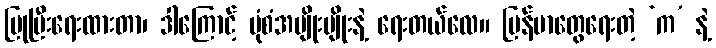
ပြုပြီးရေးထားတာ၊ ဒါကြောင့် ပုံစံအမျိုးမျိုးနဲ့ ရေးတယ်လေ။ မြန်မာတွေရေးတဲ့ ‘က’ နဲ့